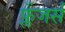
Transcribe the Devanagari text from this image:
फ्लेंजर्स